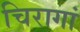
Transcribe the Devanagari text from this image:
चिरागां